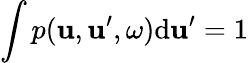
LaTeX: \int p(\boldsymbol{\mathbf{u}},\boldsymbol{\mathbf{u}}^{\prime},\omega)\mathrm{d}\boldsymbol{\mathbf{u}}^{\prime}=1